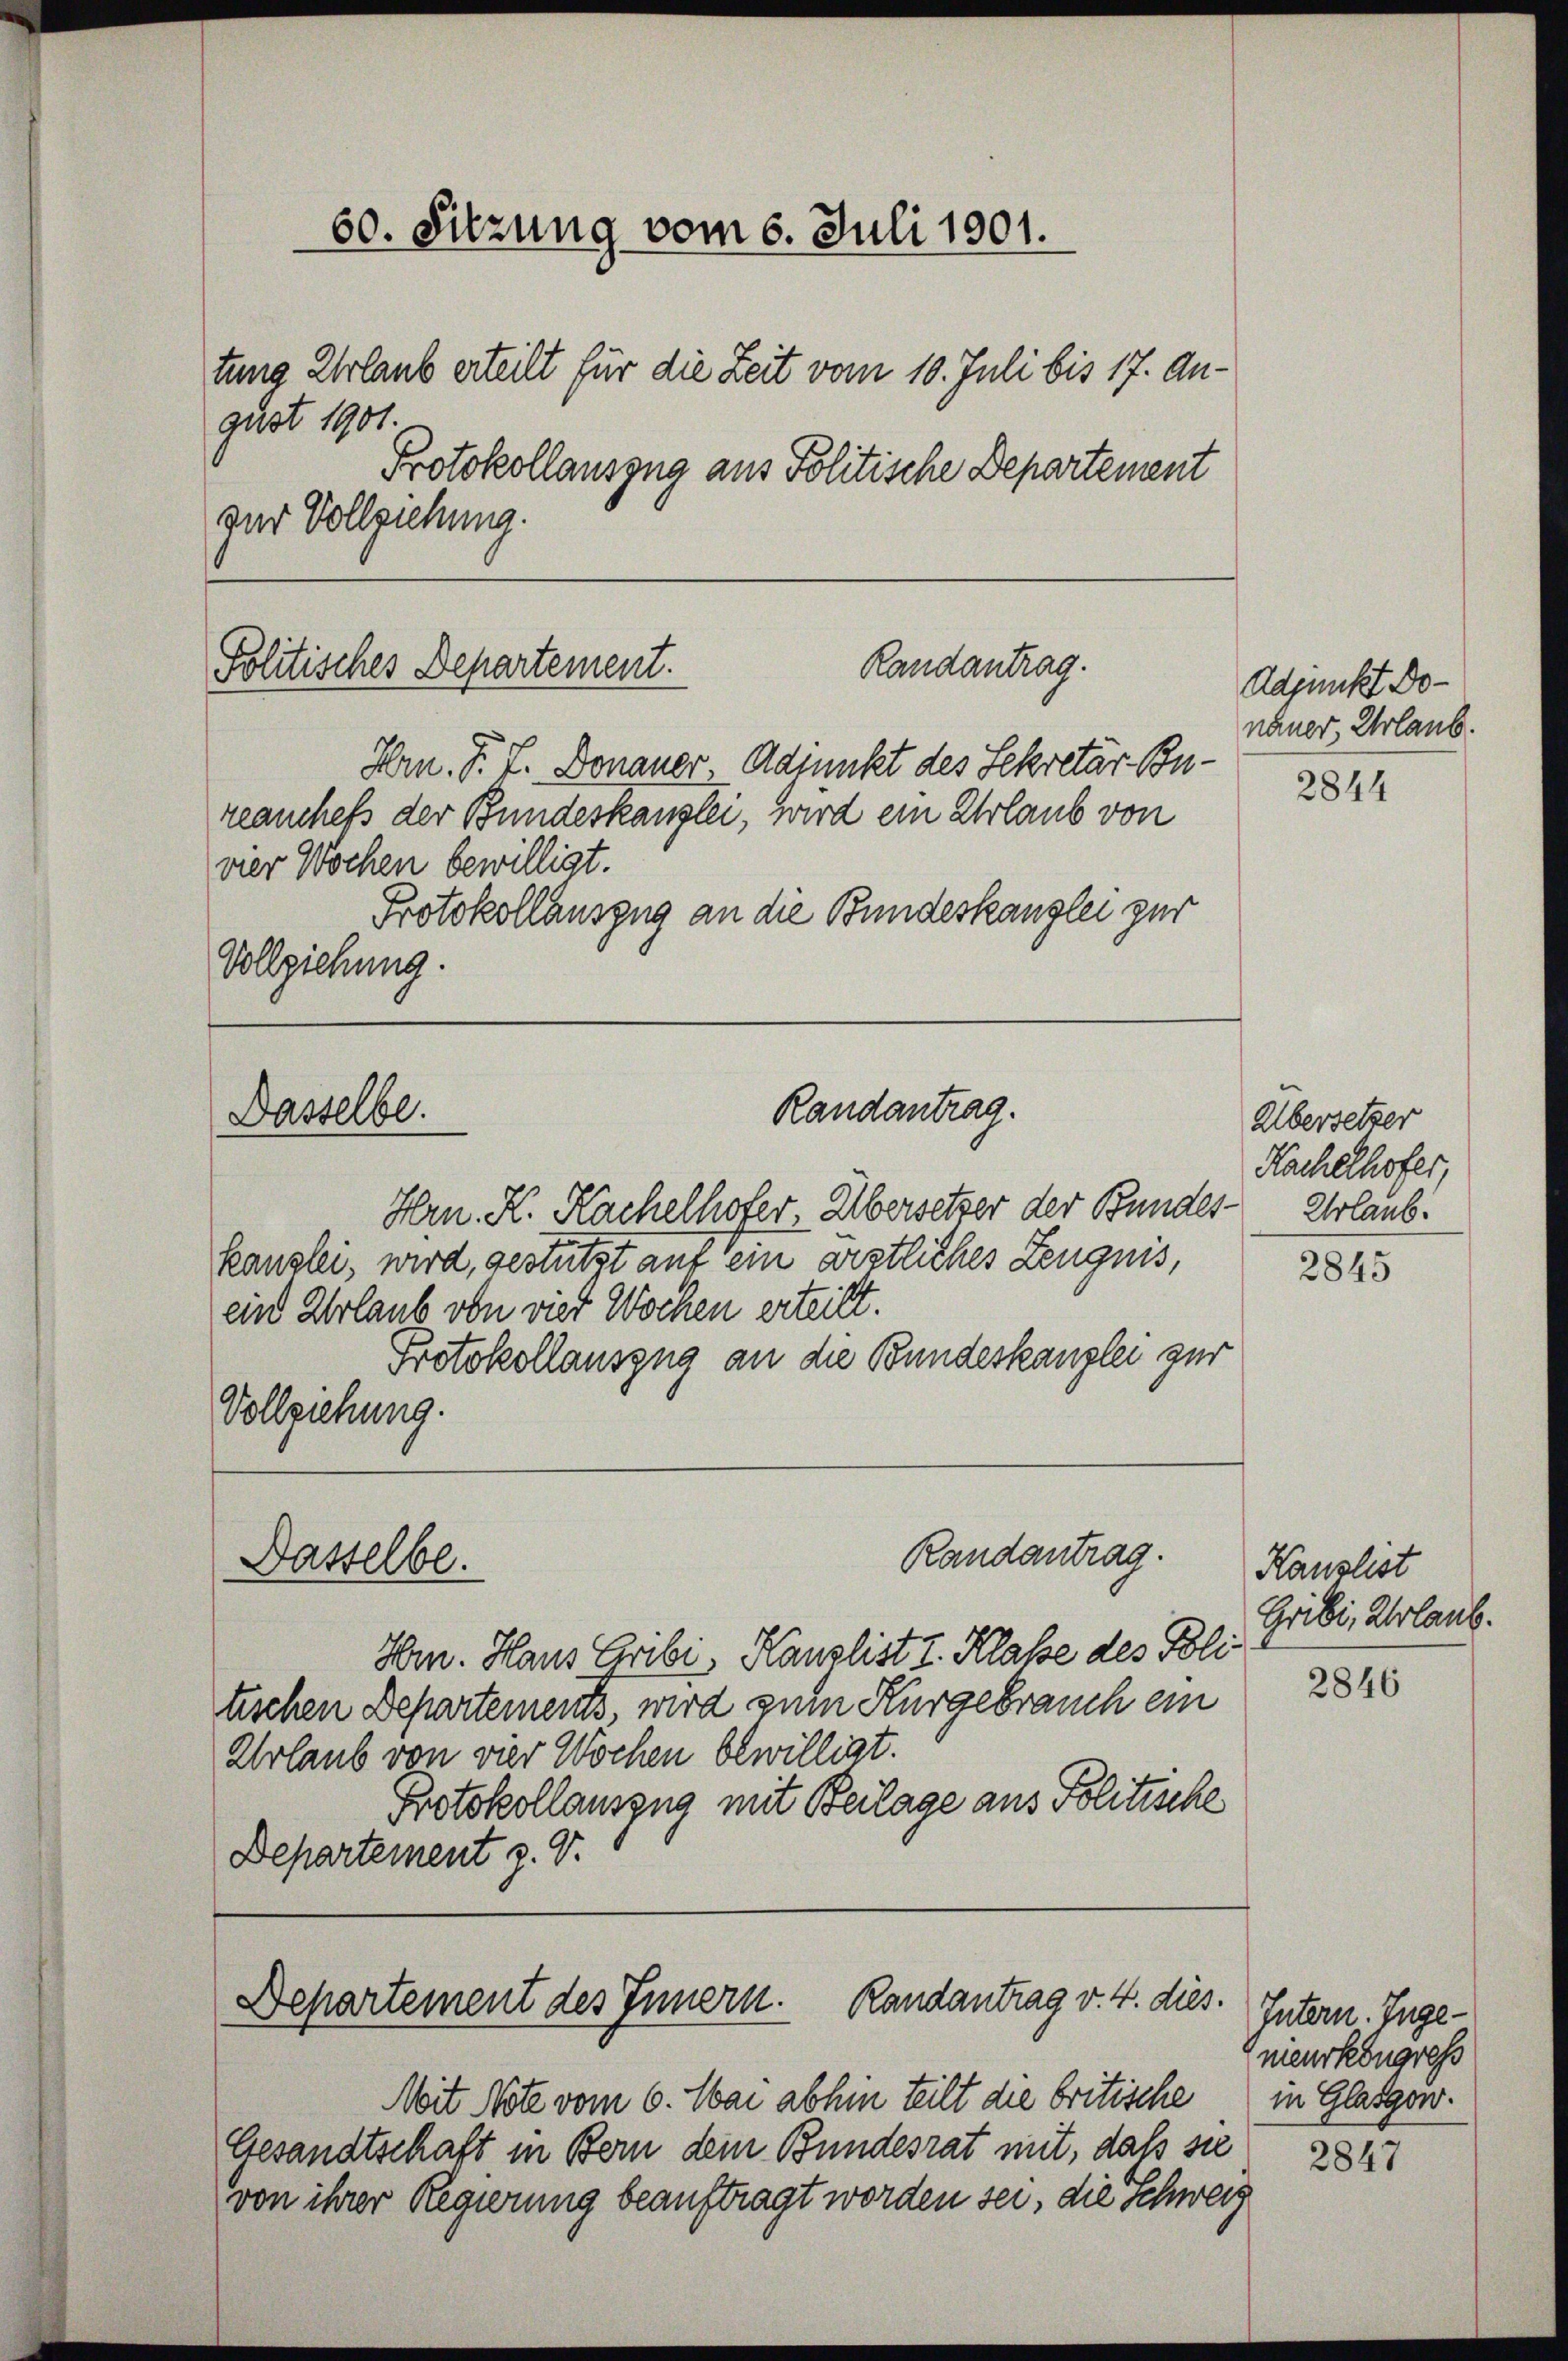
Randantrag.
Politisches Departement.

vier Wochen bewilligt.
Protokollauszug an die Bundeskanzlei zur
Vollziehung.

60. Sitzung vom 6. Juli 1901.
e
tung Urlaub erteilt für die Zeit vom 10. Juli bis 17. August 1901.
Protokollauszug aus Politische Departement
zur Vollziehung.

Dasselbe.

Dasselbe.

Hrn. P. J. Donauer, Admikt des Sekretär Bureanchefs der Bundeskanzlei, wird ein Urlaub von

Randantrag.

Randantrag.

Hrn. K. Kachelhofer, Übersetzer der Bundes- Urlaub.
kanzlei, wird, gestützt auf sein ärztliches Zeugnis,
ein Urlaub von vier Wochen erteilt.
Protokollauszug an die Bundeskanzlei zur
Vollziehung.

Hrn. Haus Grobi Kanzlist I. Klasse des Politischen Departements, wird zum Kurgebrauch ein
Urlaub von vier Wochen bewilligt.
Protokollauszug mit Beilage aus Politische
Departement z. V.

Randantrag v. 4. dies.
Departement des Innern.

Mit Note vom 6. Mai abhin teilt die britische
Gesandtschaft in Bern dem Bundesrat mit, daß sie
von ihrer Regierung beauftragt worden sei, die Schweiz

Adjunkt Donauer Urlaub.

2844

Übersetzer
Kachelhofer,

2845

Kauslist
Gribi, Urlaub.

2846

Intern. Ingemenskongress
in Glasgow.

2847